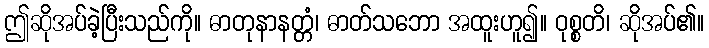
ဤဆိုအပ်ခဲ့ပြီးသည်ကို။ ဓာတုနာနတ္တံ၊ ဓာတ်သဘော အထူးဟူ၍။ ဝုစ္စတိ၊ ဆိုအပ်၏။